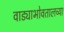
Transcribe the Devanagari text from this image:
वाड्याभोवतालच्या